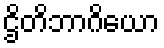
ဌိတိဘာဂိယော